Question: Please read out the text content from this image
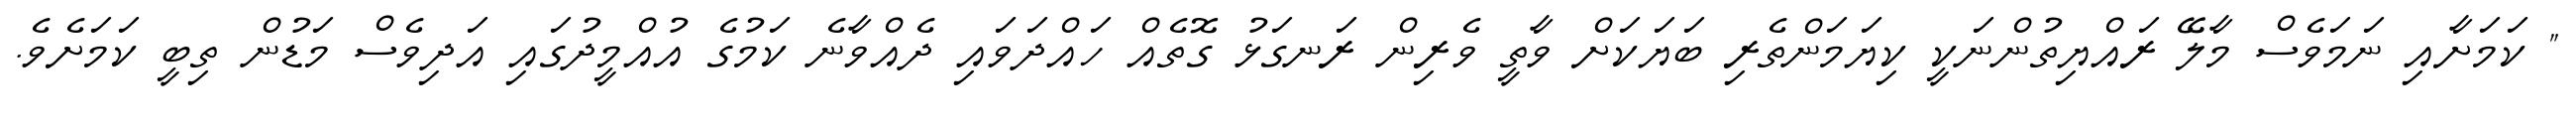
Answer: " ކަމަށާއި ނަމަވެސް މާލޭ ރައްޔިތުންނަކީ ކިޔަމަންތެރި ބަޔަކަށް ވާތީ ވެރިން ރަނގަޅު ގޮތެއް ހައްދަވައި ދެއްވާނެ ކަމުގެ އުއްމީދުގައި އަދިވެސް މަޑުން ތިބީ ކަމަށެވެ.